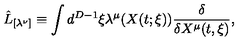
\hat { L } _ { [ \lambda ^ { \nu } ] } \equiv \int d ^ { D - 1 } \xi \lambda ^ { \mu } ( X ( t ; \xi ) ) \frac { \delta } { \delta X ^ { \mu } ( t , \xi ) } ,